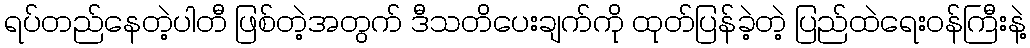
ရပ်တည်နေတဲ့ပါတီ ဖြစ်တဲ့အတွက် ဒီသတိပေးချက်ကို ထုတ်ပြန်ခဲ့တဲ့ ပြည်ထဲရေးဝန်ကြီးနဲ့